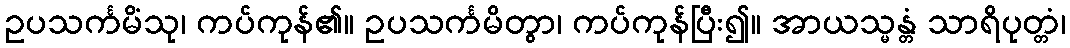
ဥပသင်္ကမိံသု၊ ကပ်ကုန်၏။ ဥပသင်္ကမိတွာ၊ ကပ်ကုန်ပြီး၍။ အာယသ္မန္တံ သာရိပုတ္တံ၊